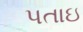
પતાઇ